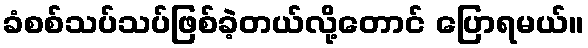
ခံစစ်သပ်သပ်ဖြစ်ခဲ့တယ်လို့တောင် ပြောရမယ်။